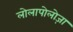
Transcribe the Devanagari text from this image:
लोलापोलोज़ा